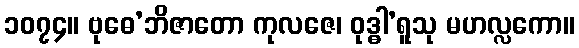
၁၀၇၄။ ဗုဓေ’ဘိဇာတော ကုလဇေ၊ ဝုဒ္ဓါ’ရူသု မဟလ္လကော။